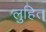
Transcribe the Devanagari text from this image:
लुहित